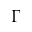
\Gamma